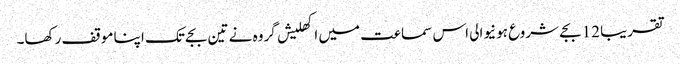
تقریبا 12 بجے شروع ہونیوالی اس سماعت میں اکھلیش گروہ نے تین بجے تک اپنا موقف رکھا۔